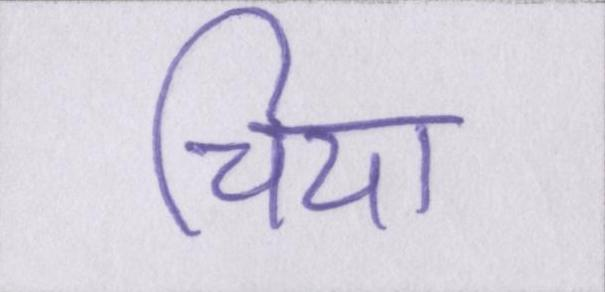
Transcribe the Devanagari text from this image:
चिया